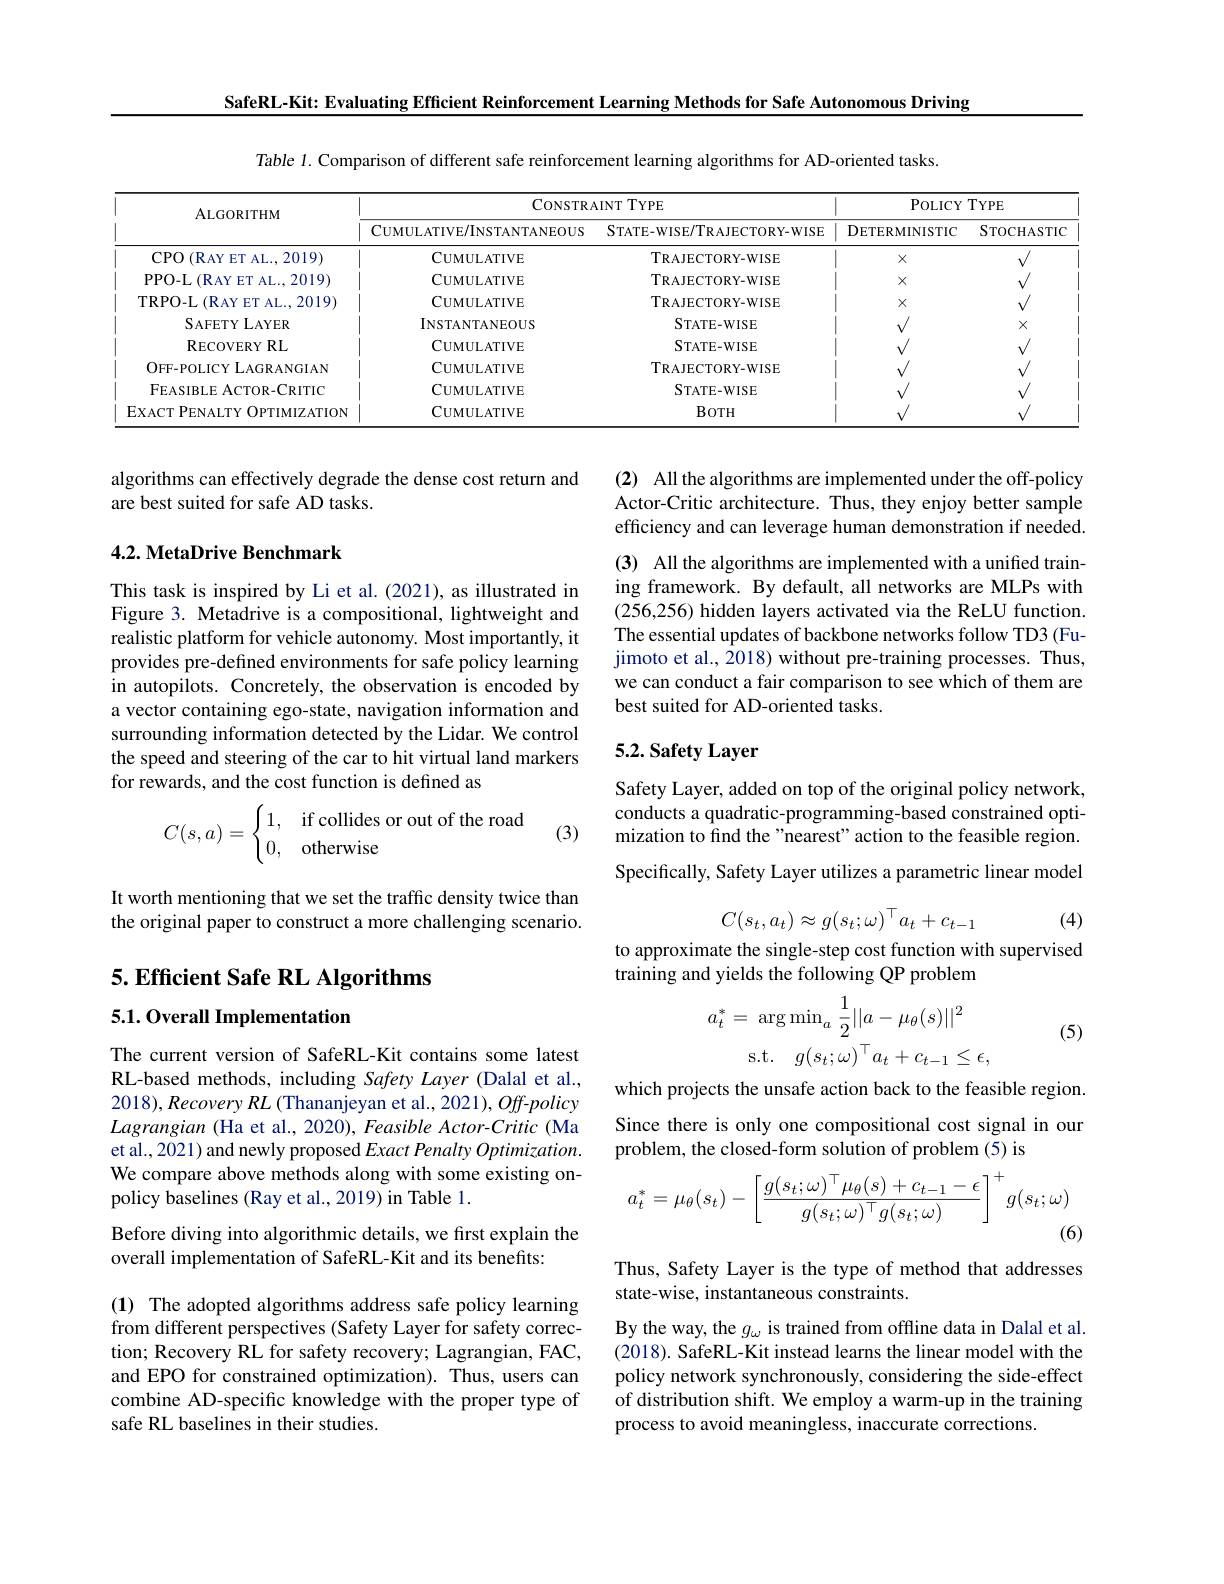
SafeRL-Kit: Evaluating Efficient Reinforcement Learning Methods for Safe Autonomous Driving

Table 1. Comparison of different safe reinforcement learning algorithms for AD-oriented tasks.

<table>
	<tbody>
		<tr>
			<th rowspan="2">ALGORITHM</th>
			<th colspan="2">CONSTRAINT TYPE</th>
			<th colspan="2">POLICYTYPE</th>
		</tr>
		<tr>
			<th>$\mathbf{C}$UMULATIVE/INSTANTANEOUS</th>
			<th>STATE- WISE/ TRAJECTORY- WISE</th>
			<th>DETERMINISTIC</th>
			<th>STOCHASTIC</th>
		</tr>
		<tr>
			<td>CPO(RAYETAL. , 2019)</td>
			<td>$\mathbf{C}$UMULATIVE</td>
			<td>TRAJECTORY- WISE</td>
			<td>$X$</td>
			<td> </td>
		</tr>
		<tr>
			<td>PPO- L$\left ( \mathrm{RAYET~AL. , 2019}\right )$</td>
			<td>$\mathbf{C}$UMULATIVE</td>
			<td>TRAJECTORY- WISE</td>
			<td>$X$</td>
			<td> </td>
		</tr>
		<tr>
			<td>TRPO- L ( RAY ET AL. , 2019) </td>
			<td>$\mathbf{C}_{\mathrm{UMULATIVE}}$</td>
			<td>TRAJECTORY- WISE</td>
			<td>$X$</td>
			<td>$v$</td>
		</tr>
		<tr>
			<td>$SAFETYLAYER$</td>
			<td>$INSTANTANEOUS$</td>
			<td>STATE- WISE</td>
			<td> </td>
			<td>$X$</td>
		</tr>
		<tr>
			<td>$\mathbf{R}_{\mathrm{ECOVERY}}$RL</td>
			<td>$\mathbf{C}$UMULATIVE</td>
			<td>STATE- WISE</td>
			<td> </td>
			<td> </td>
		</tr>
		<tr>
			<td>OFF- POLICY LAGRANGIAN</td>
			<td>$\mathbf{C}$UMULATIVE</td>
			<td>TRAJECTORY- WISE</td>
			<td> </td>
			<td>$1d$</td>
		</tr>
		<tr>
			<td>FEASIBLE ACTOR- CRITIC</td>
			<td>$\mathbf{C}_{\mathrm{UMULATIVE}}$</td>
			<td>STATE- WISE</td>
			<td> </td>
			<td>$v$</td>
		</tr>
		<tr>
			<td>EXACT PENALTY OPTIMIZATION</td>
			<td>$\mathbf{C}$UMULATIVE</td>
			<td>BOTH</td>
			<td> </td>
			<td> </td>
		</tr>
	</tbody>
</table>

algorithms can effectively degrade the dense cost return and
are best suited for safe AD tasks.

(2) All the algorithms are implemented under the off-policy Actor-Critic architecture. Thus, they enjoy better sample efficiency and can leverage human demonstration if needed.

## 4.2. MetaDrive Benchmark

(3) All the algorithms are implemented with a unified training framework. By default, all networks are MLPs with (256,256) hidden layers activated via the ReLU function. The essential updates of backbone networks follow TD3 (Fujimoto et al., 2018) without pre-training processes. Thus, we can conduct a fair comparison to see which of them are best suited for AD-oriented tasks.

This task is inspired by Li et al.(2021), as illustrated in Figure 3. Metadrive is a compositional, lightweight and realistic platform for vehicle autonomy. Most importantly, it provides pre-defined environments for safe policy learning in autopilots. Concretely, the observation is encoded by a vector containing ego-state, navigation information and surrounding information detected by the Lidar. We control the speed and steering of the car to hit virtual land markers for rewards, and the cost function is defined as

## 5.2. Safety Layer
$$C(s,a)=\begin{cases}1,&\text{if collides or out of the road}\\0,&\text{otherwise}\end{cases}$$
Safety Layer, added on top of the original policy network, conducts a quadratic-programming-based constrained optimization to find the "nearest" action to the feasible region. Specifically, Safety Layer utilizes a parametric linear model

(3)

It worth mentioning that we set the traffic density twice than the original paper to construct a more challenging scenario.
$$C(s_t,a_t)\approx g(s_t;\omega)^\top a_t+c_{t-1}$$
(4)

to approximate the single-step cost function with supervised
training and yields the following QP problem

5. Efficient Safe RL Algorithms

5.1.0verall Implementation
$$\begin{aligned}a_{t}^{*}&=\:\arg\min_{a}\:\frac{1}{2}||a-\mu_{\theta}(s)||^{2}\\&\mathrm{s.t.}\quad g(s_{t};\omega)^{\top}a_{t}+c_{t-1}\leq\epsilon,\end{aligned}$$
(5)

which projects the unsafe action back to the feasible region. Since there is only one compositional cost signal in our problem, the closed-form solution of problem (5) is

The current version of SafeRL-Kit contains some latest RL-based methods, including Safety Layer (Dalal et al., $2018),RecoveryRL$ (Thananjeyan et al., 2021), Off-policy Lagrangian (Ha et al., 2020), Feasible Actor-Critic (Ma et al., 2021) and newly proposed Exact Penalty Optimization. We compare above methods along with some existing onpolicy baselines (Ray et al.,2019) in Table 1.
$$a_t^*=\mu_\theta(s_t)-\left[\frac{g(s_t;\omega)^\top\mu_\theta(s)+c_{t-1}-\epsilon}{g(s_t;\omega)^\top g(s_t;\omega)}\right]^+g(s_t;\omega)$$
(6)

Before diving into algorithmic details, we first explain the
overall implementation of SafeRL-Kit and its benefits:

Thus, Safety Layer is the type of method that addresses
state-wise, instantaneous constraints.
By the way, the $g_\omega$ is trained from offline data in Dalal et al. (2018). SafeRL-Kit instead learns the linear model with the policy network synchronously, considering the side-effect of distribution shift. We employ a warm-up in the training process to avoid meaningless, inaccurate corrections.

(1) The adopted algorithms address safe policy learning from different perspectives (Safety Layer for safety correction; Recovery RL for safety recovery; Lagrangian, FAC, and EPO for constrained optimization). Thus, users can combine AD-specific knowledge with the proper type of safe RL baselines in their studies.